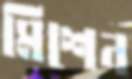
মিশেন